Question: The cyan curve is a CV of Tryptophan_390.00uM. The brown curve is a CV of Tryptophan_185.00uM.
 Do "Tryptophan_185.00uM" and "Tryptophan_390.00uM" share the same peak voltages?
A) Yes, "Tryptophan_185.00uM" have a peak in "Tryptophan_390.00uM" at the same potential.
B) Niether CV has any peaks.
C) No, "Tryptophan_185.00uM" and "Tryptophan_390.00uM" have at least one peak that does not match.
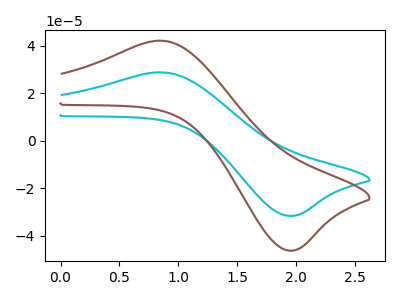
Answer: <think>The cyan curve "Tryptophan_390.00uM" has an anodic peak at (0.85V, 28.80uA) and a cathodic peak at (2.00V, -31.65uA). The brown curve "Tryptophan_185.00uM" has an anodic peak at (0.85V, 42.10uA) and a cathodic peak at (2.00V, -46.25uA).</think>
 <answer>A) Yes, "Tryptophan_185.00uM" have a peak in "Tryptophan_390.00uM" at the same potential.</answer>
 <eval>A</eval>